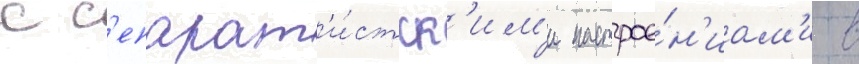
с с'епарат'и́стск'им'и настрое́н'иам'и в